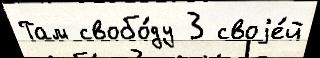
Там свобо́ду 3 своjе́й